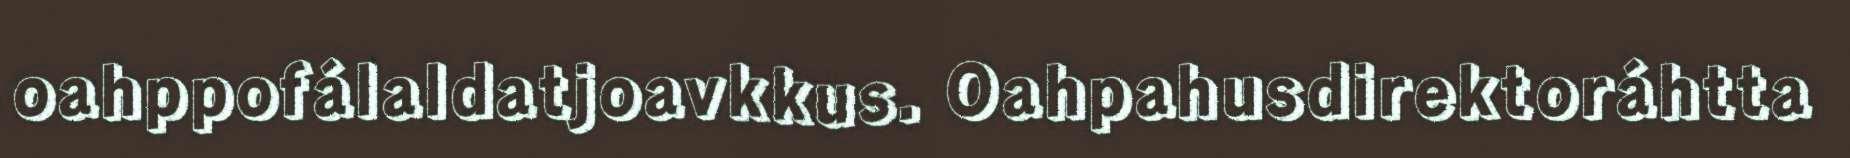
oahppofálaldatjoavkkus. Oahpahusdirektoráhtta